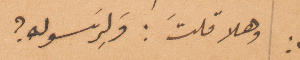
وهلا قلتَ: ولرسوله؟